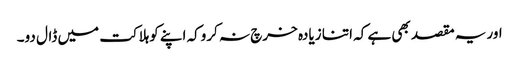
اوریہ مقصد بھی ہے کہ اتنا زیادہ خرچ نہ کروکہ اپنے کوہلاکت میں ڈال دو۔